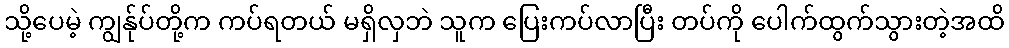
သို့ပေမဲ့ ကျွန်ုပ်တို့က ကပ်ရတယ် မရှိလှဘဲ သူက ပြေးကပ်လာပြီး တပ်ကို ပေါက်ထွက်သွားတဲ့အထိ